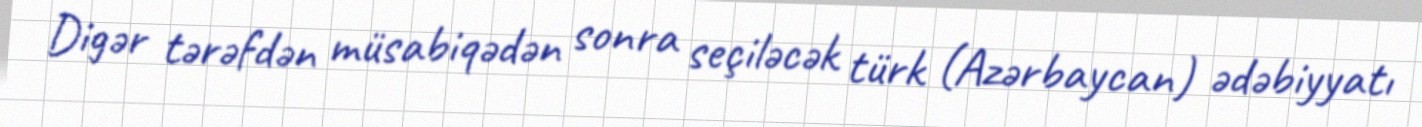
Digər tərəfdən müsabiqədən sonra seçiləcək türk (Azərbaycan) ədəbiyyatı